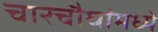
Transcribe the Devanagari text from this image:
चारचौघांमध्ये